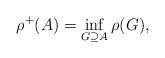
LaTeX: \begin{align*}\rho^{+}(A) = \inf_{G \supseteq A} \rho(G),\end{align*}